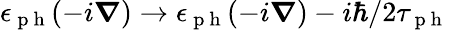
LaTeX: \epsilon_{\mathrm{~p~h~}}(-i\boldsymbol{\nabla})\to\epsilon_{\mathrm{~p~h~}}(-i\boldsymbol{\nabla})-i\hbar/2\tau_{\mathrm{~p~h~}}